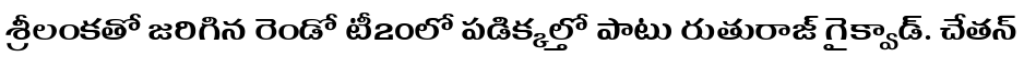
శ్రీలంకతో జరిగిన రెండో టీ20లో పడిక్కల్తో పాటు రుతురాజ్ గైక్వాడ్. చేతన్